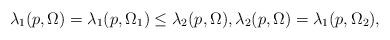
LaTeX: \begin{align*}\lambda_{1}(p,\Omega)=\lambda_1(p,\Omega_1)\le \lambda_{2}(p,\Omega),\lambda_{2}(p, \Omega)=\lambda_{1}(p,\Omega_{2}),\end{align*}